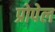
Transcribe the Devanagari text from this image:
प्रोपेल